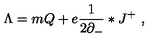
\Lambda = m Q + e \frac { 1 } { 2 \partial _ { - } } * J ^ { + } \ ,